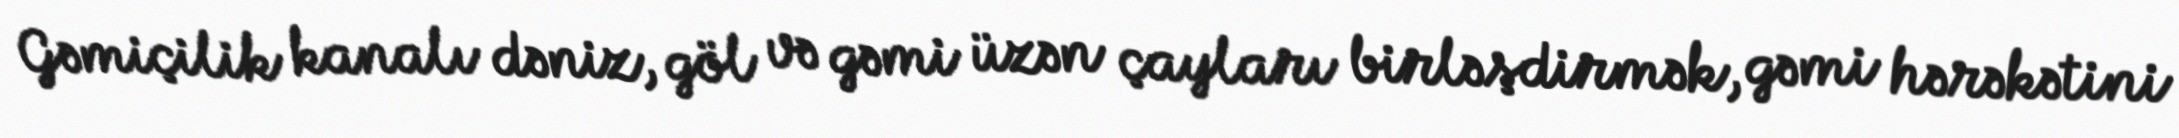
Gəmiçilik kanalı dəniz, göl və gəmi üzən çayları birləşdirmək, gəmi hərəkətini